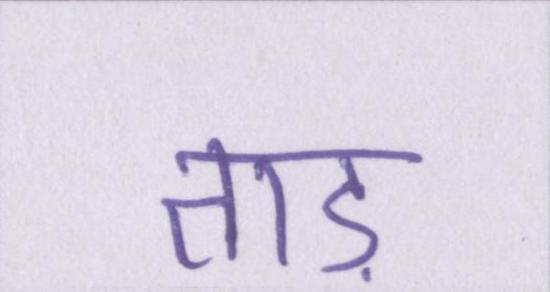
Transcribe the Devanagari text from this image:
ताड़